Civil Veterinary Department Bihar & Orissa reports 1911-21 - 1911-1921
Year: 1911
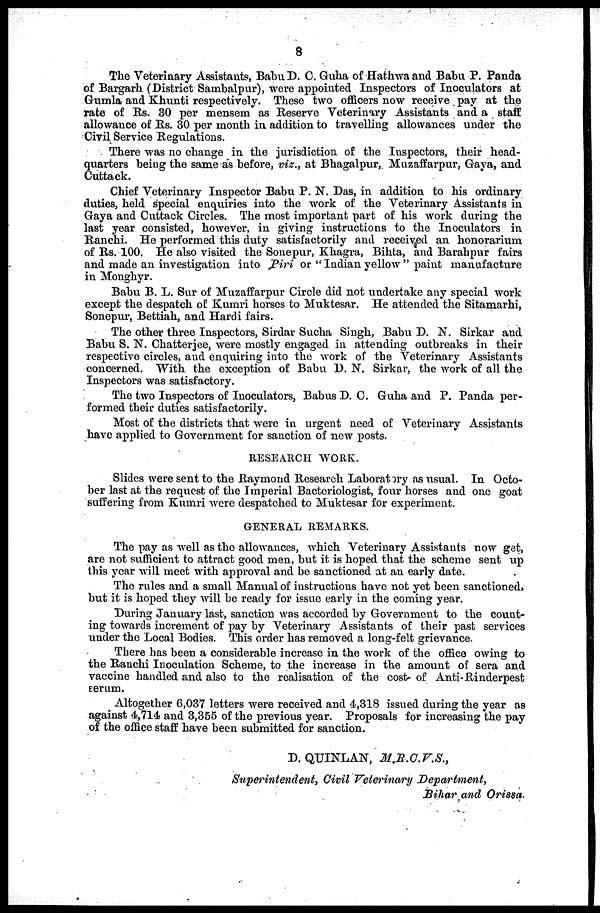
8
The Veterinary Assistants, Babu D. C. Guha of Hathwa and Babu P. Panda
of Bargarh (District Sambalpur), were appointed Inspectors of Inoculators at
Gumla and Khunti respectively. These two officers now receive pay at the
rate of Rs. 30 per mensem as Reserve Veterinary Assistants and a staff
allowance of Rs. 30 per month in addition to travelling allowances under the
Civil Service Regulations.
There was no change in the jurisdiction of the Inspectors, their head-
quarters being the same as before, viz., at Bhagalpur, Muzaffarpur, Gaya, and
Cuttack.
Chief Veterinary Inspector Babu P. N. Das, in addition to his ordinary
duties, held special enquiries into the work of the Veterinary Assistants in
Gaya and Cuttack Circles. The most important part of his work during the
last year consisted, however, in giving instructions to the Inoculators in
Ranchi. He performed this duty satisfactorily and received an honorarium
of Rs. 100. He also visited the Sonepur, Khagra, Bihta, and Barahpur fairs
and made an investigation into Piri or " Indian yellow " paint manufacture
in Monghyr.
Babu B. L. Sur of Muzaffarpur Circle did not undertake any special work
except the despatch of Kumri horses to Muktesar. He attended the Sitamarhi,
Sonepur, Bettiah, and Hardi fairs.
The other three Inspectors, Sirdar Sucha Singh, Babu D. N. Sirkar and
Babu S. N. Chatterjee, were mostly engaged in attending outbreaks in their
respective circles, and enquiring into the work of the Veterinary Assistants
concerned. With the exception of Babu D. N. Sirkar, the work of all the
Inspectors was satisfactory.
The two Inspectors of Inoculators, Babus D. C. Guha and P. Panda per-
formed their duties satisfactorily.
Most of the districts that were in urgent need of Veterinary Assistants
have applied to Government for sanction of new posts.
RESEARCH WORK.
Slides were sent to the Raymond Research Laboratory as usual. In Octo-
ber last at the request of the Imperial Bacteriologist, four horses and one goat
suffering from Kumri were despatched to Muktesar for experiment.
GENERAL REMARKS.
The pay as well as the allowances, which Veterinary Assistants now get,
are not sufficient to attract good men, but it is hoped that the scheme sent up
this year will meet with approval and be sanctioned at an early date.
The rules and a small Manual of instructions have not yet been sanctioned,
but it is hoped they will be ready for issue early in the coming year.
During January last, sanction was accorded by Government to the count-
ing towards increment of pay by Veterinary Assistants of their past services
under the Local Bodies. This order has removed a long-felt grievance.
There has been a considerable increase in the work of the office owing to
the Ranchi Inoculation Scheme, to the increase in the amount of sera and
vaccine handled and also to the realisation of the cost of Anti-Rinderpest
serum.
Altogether 6,037 letters were received and 4,318 issued during the year as
against 4,714 and 3,355 of the previous year. Proposals for increasing the pay
of the office staff have been submitted for sanction.
D. QUINLAN,
M.R.C.V.S.,
Superintendent, Civil Veterinary Department,
Bihar and Orissa.